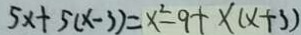
5 x + 5 ( x - 3 ) = x ^ { 2 } - 9 + x ( x + 3 )